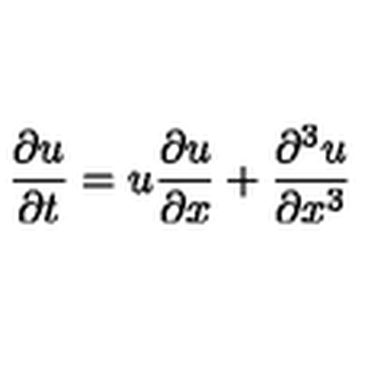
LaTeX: { \frac { \partial u } { \partial t } } = u { \frac { \partial u } { \partial x } } + { \frac { \partial ^ { 3 } u } { \partial x ^ { 3 } } }